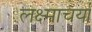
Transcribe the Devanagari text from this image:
लक्ष्माचर्या